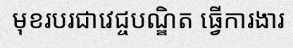
មុខរបរជាវេជ្ចបណ្ឌិត ធ្វើការងារ